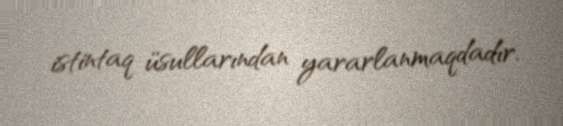
istintaq üsullarından yararlanmaqdadır.